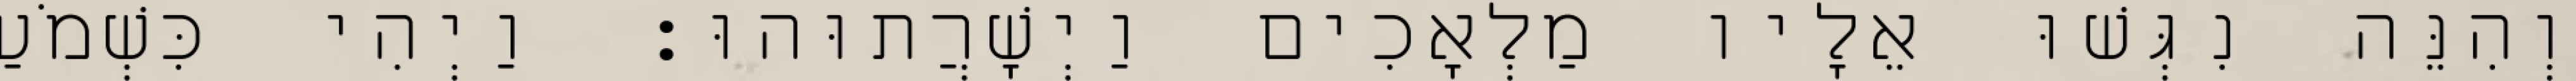
וְהִנֵּה נִגְּשׁוּ אֵלָיו מַלְאָכִים וַיְשָׁרֲתוּהוּ׃ וַיְהִי כִּשְׁמֹעַ